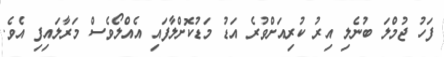
ފަހު ޖުމްލަ ބުނެލި އިރު ކުރިއަށްވުރެ އަޑު މަޑުކޮށްލާފައި އެއްލޯވެސް މަރާލައިފި އެވެ.